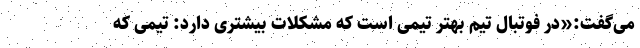
می‌گفت:«در فوتبال تیم بهتر تیمی است که مشکلات بیشتری دارد: تیمی که